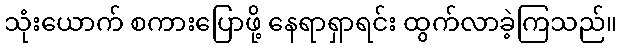
သုံးယောက် စကားပြောဖို့ နေရာရှာရင်း ထွက်လာခဲ့ကြသည်။